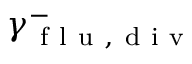
\gamma _ { \mathrm { ~ f ~ l ~ u ~ } , \mathrm { ~ d ~ i ~ v ~ } } ^ { - }